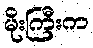
မိုးကြီးက